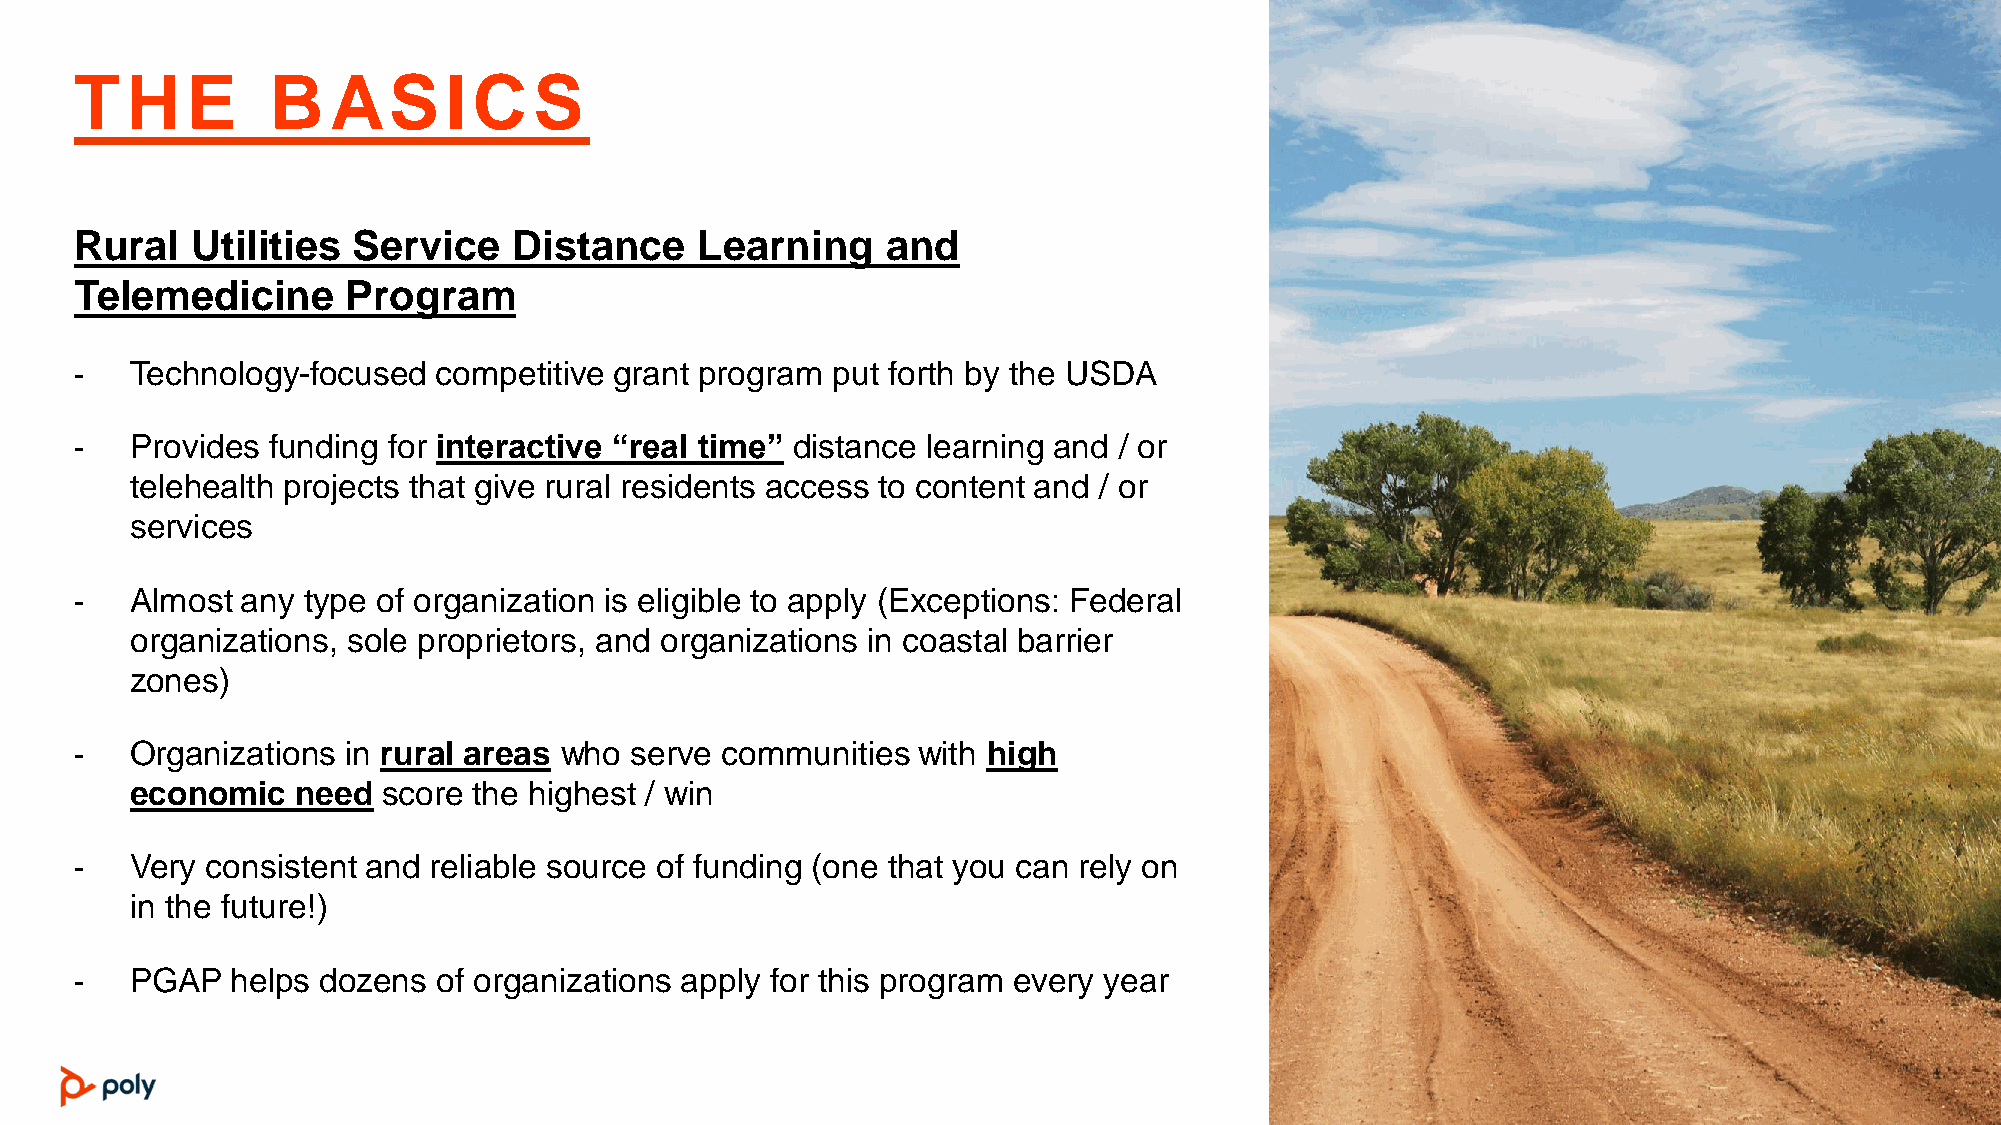
T  H   E     B   AS     I C   S
 Rural   Utilities Service    Distance    Learning     and
 Telemedicine      Program
 -   Technology-focused  competitive grant program put forth by the USDA
 -   Provides funding for interactive “real time” distance learning and / or
 telehealth projects that give rural residents access to content and / or
 services
 -   Almost any type of organization is eligible to apply (Exceptions: Federal
 organizations, sole proprietors, and organizations in coastal barrier
 zones)
 -   Organizations in rural areas who serve communities  with high
 economic   need score the highest / win
 -   Very consistent and reliable source of funding (one that you can rely on
 in the future!)
 -   PGAP  helps dozens  of organizations apply for this program every year